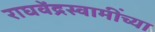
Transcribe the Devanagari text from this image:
राघवेंद्रस्वामींच्या